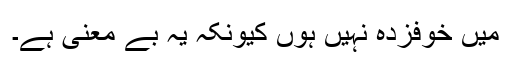
میں خوفزدہ نہیں ہوں کیونکہ یہ بے معنی ہے۔